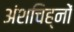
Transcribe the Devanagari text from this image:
अंशचिह्नों